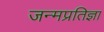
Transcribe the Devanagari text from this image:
जन्मप्रतिज्ञा